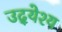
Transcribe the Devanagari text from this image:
उद्‍येश्य